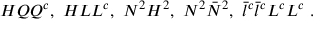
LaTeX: H Q Q ^ { c } , ~ H L L ^ { c } , ~ N ^ { 2 } H ^ { 2 } , ~ N ^ { 2 } \bar { N } ^ { 2 } , ~ \bar { l } ^ { c } \bar { l } ^ { c } L ^ { c } L ^ { c } ~ .